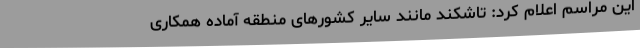
این مراسم اعلام کرد: تاشکند مانند سایر کشورهای منطقه آماده همکاری